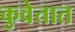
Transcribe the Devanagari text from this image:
कुवेतात